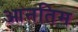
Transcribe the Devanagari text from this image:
आनतिम